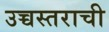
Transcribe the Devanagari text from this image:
उच्चस्तराची